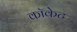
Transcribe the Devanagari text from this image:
कॉकेट